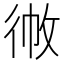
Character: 𢓹